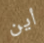
أين